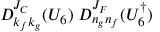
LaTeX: D _ { k _ { f } k _ { g } } ^ { J _ { C } } ( U _ { 6 } ) \; D _ { n _ { g } n _ { f } } ^ { J _ { F } } ( U _ { 6 } ^ { \dagger } )